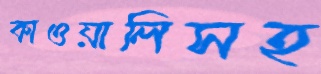
কাওয়ালিসহ